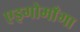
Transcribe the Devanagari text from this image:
एइगोमाँगा